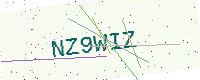
Text: NZ9WIZ